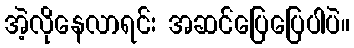
အဲ့လိုနေလာရင်း အဆင်ပြေပြေပါပဲ။